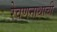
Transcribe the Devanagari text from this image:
रेवणनाथाची